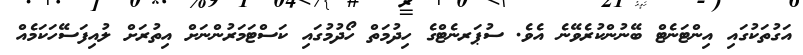
އަގުތަކުގައި އިންޓަނެޓް ބޭނުންކުރެވޭނެ އެވެ. ސުޕަރނެޓްގެ ހިދުމަތް ހޯދުމުގައި ކަސްޓަމަރުންނަށް އިތުރަށް ލުއިފަސޭހަކަމެއް